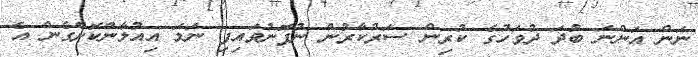
ނަން އަންނަ ބުދަ ދުވަހުގެ ކުރިން ސަރުކާރުން ނުފޮނުވައިފި ނަމަ އިއުލާންކޮށްގެން އެ